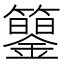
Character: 𥷍